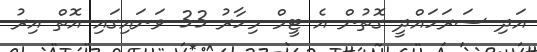
އަދި ސަރަހައްދީ ގޮތުން އެ ޓީމް މިހާރު 33 ވަނައިގައި އޮތް އިރު